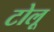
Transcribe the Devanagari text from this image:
टोलू